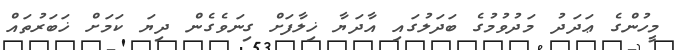
މީހުންގެ ޢަދަދު މަދުވުމުގެ ބަދަލުގައި އާދަޔާ ޚިލާފަށް ގިނަވެގެން ދިޔަ ކަމަށް ޚަބަރުތައް